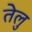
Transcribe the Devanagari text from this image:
तेलु